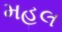
મહલ